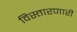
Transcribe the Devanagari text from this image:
विस्तारणारी